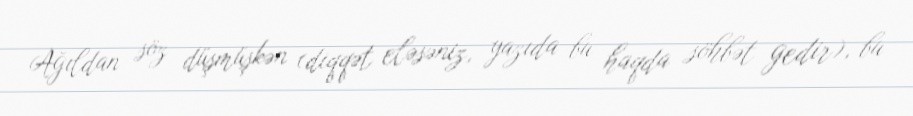
Ağıldan söz düşmüşkən (diqqət eləsəniz, yazıda bu haqda söhbət gedir), bu